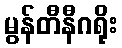
မွန်တီနီဂရိုး